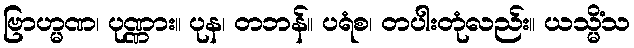
ဗြာဟ္မဏ၊ ပုဏ္ဏား။ ပုန၊ တဘန်။ ပရံစ၊ တပါးတုံလည်း။ ယသ္မိံသ